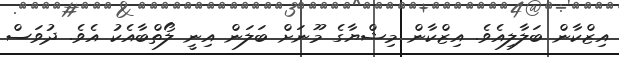
އިޒްކާން ބަލާލިއެވެ. އިޒްކާން މިޝްޔާގެ މޫނަށް ބަލަން އިނީ ލޯތްބާއެކު އެވެ. ދުވަސް